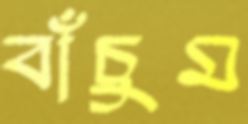
বাঁচুম